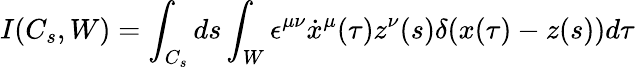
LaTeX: I(C_{s},W)=\int_{C_{s}}ds\int_{W}\epsilon^{\mu\nu}\dot{x}^{\mu}(\tau)z^{\nu}(s)\delta(x(\tau)-z(s))d\tau